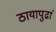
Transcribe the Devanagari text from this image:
ठायापुढां